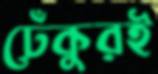
ঢেঁকুরই